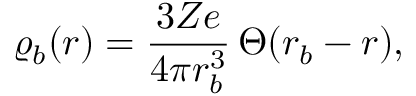
\varrho _ { b } ( r ) = \frac { 3 Z e } { 4 \pi r _ { b } ^ { 3 } } \, \Theta ( r _ { b } - r ) ,